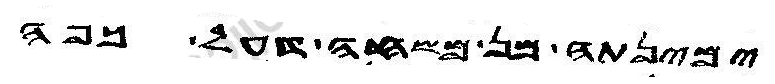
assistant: ימינתה מן משחה דעל כפה